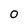
Character: o